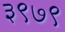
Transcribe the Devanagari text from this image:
३९७९